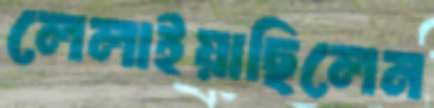
লেলাইয়াছিলেন